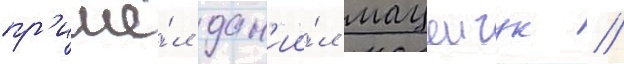
пр'ишё́л дан'ии́л мацеичук //